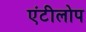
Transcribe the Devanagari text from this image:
एंटीलोप